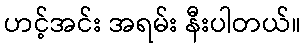
ဟင့်အင်း အရမ်း နီးပါတယ်။